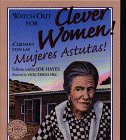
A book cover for Watch Out for Clever Women!: Cuidado con las Mujeres Astutas! (Spanish and English Edition); Joe Hayes; Children's Books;